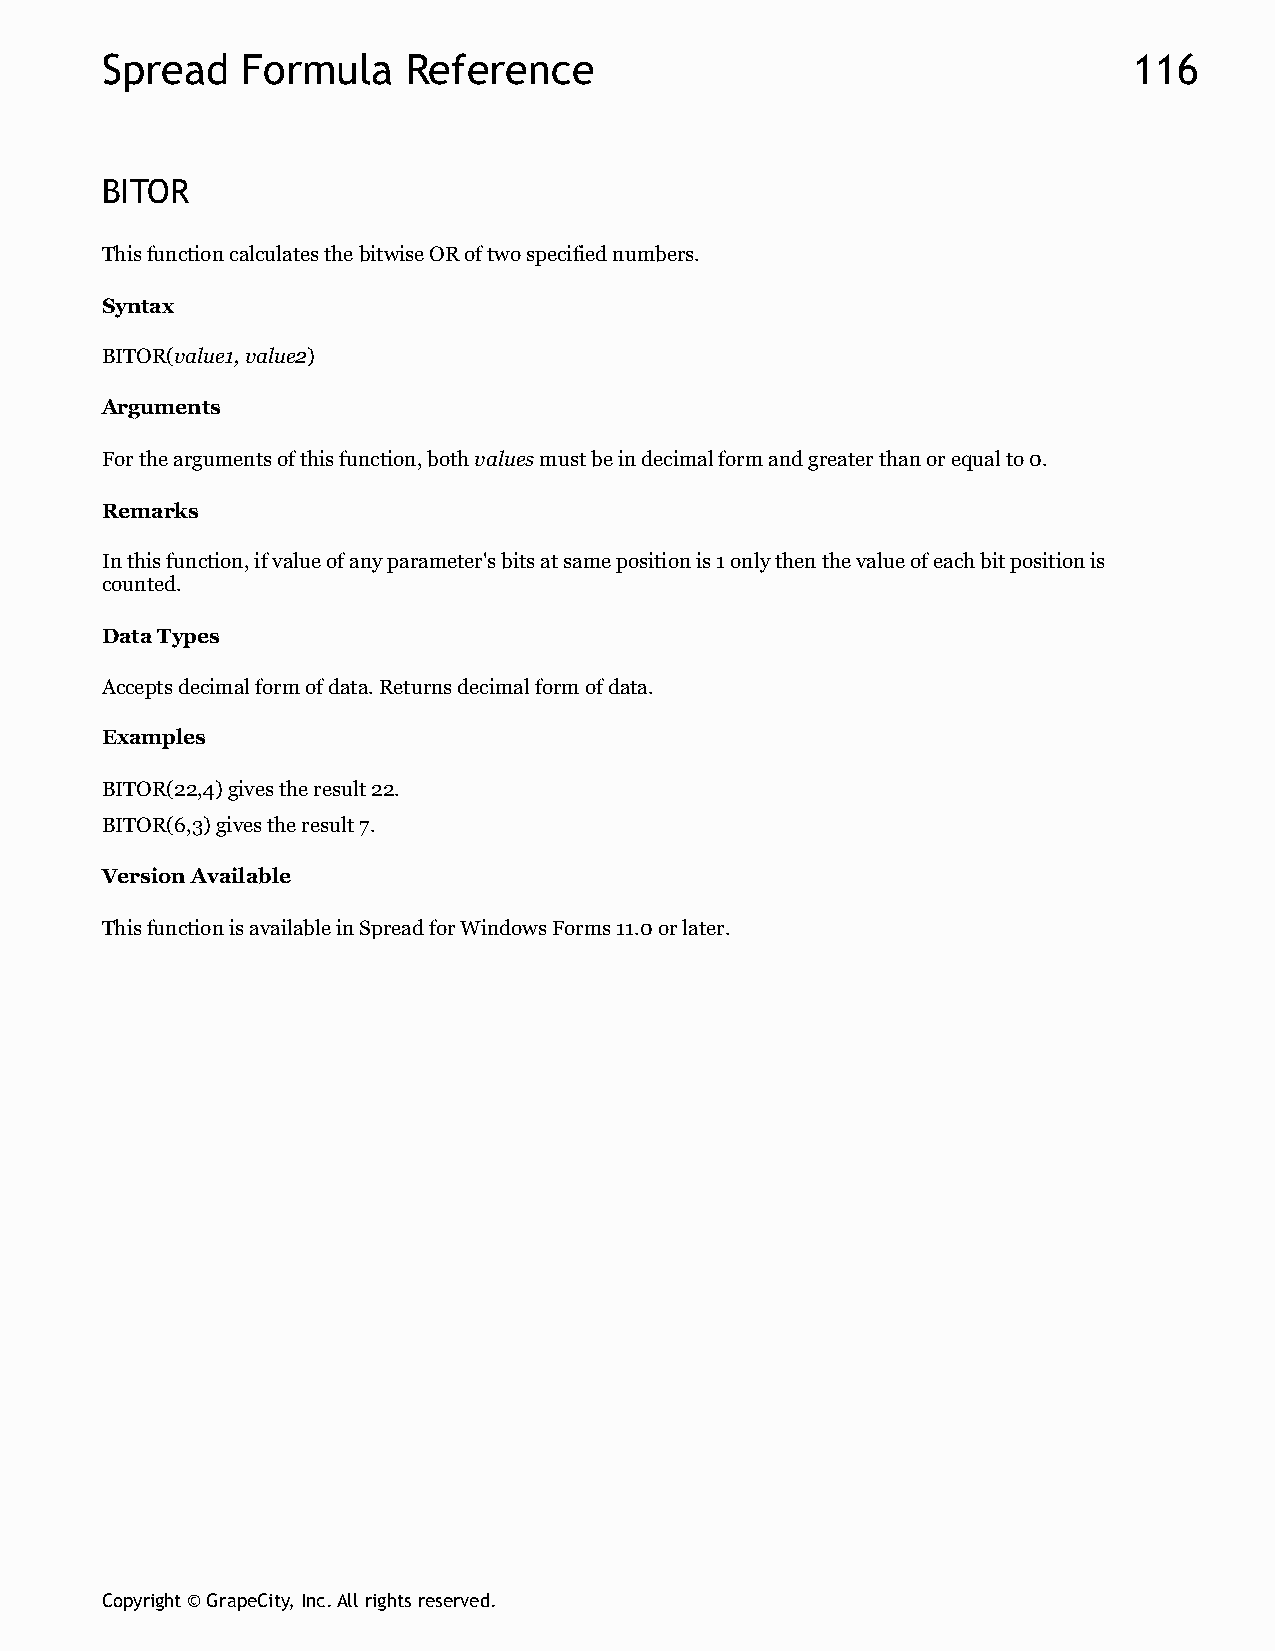
Spread   Formula    Reference                                       116
 BITOR
 This function calculates the bitwise OR of two specified numbers.
 Syntax
 BITOR(value1, value2)
 Arguments
 For the arguments of this function, both values must be in decimal form and greater than or equal to 0.
 Remarks
 In this function, if value of any parameter's bits at same position is 1 only then the value of each bit position is
 counted.
 Data Types
 Accepts decimal form of data. Returns decimal form of data.
 Examples
 BITOR(22,4) gives the result 22.
 BITOR(6,3) gives the result 7.
 Version Available
 This function is available in Spread for Windows Forms 11.0 or later.
 Copyright © GrapeCity, Inc. All rights reserved.